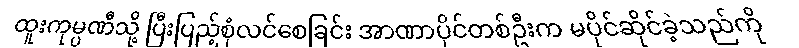
ထူးကုမ္ပဏီသို့ ပြီးပြည့်စုံလင်စေခြင်း အာဏာပိုင်တစ်ဦးက မပိုင်ဆိုင်ခဲ့သည်ကို